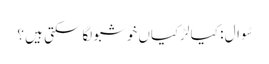
سُوال : کیا لڑکیاں خوشبو لگا سکتی ہیں ؟